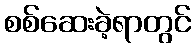
စစ်ဆေးခဲ့ရာတွင်